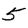
Digit: 5